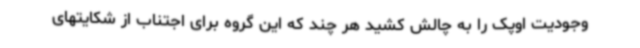
وجودیت اوپک را به چالش کشید هر چند که این گروه برای اجتناب از شکایتهای